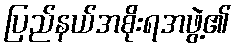
ပြည်နယ်အစိုးရအဖွဲ့၏